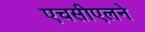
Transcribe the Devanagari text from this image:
एचसीएलने